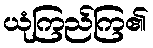
ယုံကြည်ကြ၏